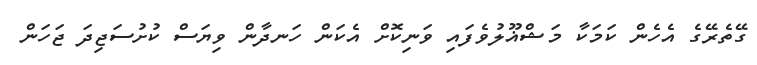
ގޭތެރޭގެ އެހެން ކަމަކާ މަޝްޣޫލުވެފައި ވަނިކޮށް އެކަން ހަނދާން ވިޔަސް ކުށުސަޖިދަ ޖަހަން